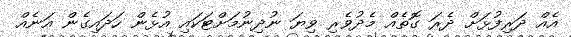
އެއް ދަރިފުޅަށް ދެރަ ގޮތެއް މެދުވެރި ވިޔަ ނުދިނުމަށްޓަކައި އުޅެން ހަދައިގެން އަނެއް